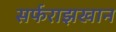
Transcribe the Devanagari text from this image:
सर्फराझखान